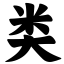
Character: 类